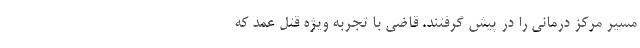
مسیر مرکز درمانی را در پیش گرفتند. قاضی با تجربه ویژه قتل عمد که